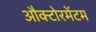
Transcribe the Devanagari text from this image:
औक्टोरमेंटम